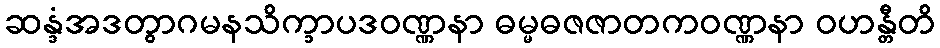
ဆန္ဒံအဒတွာဂမနသိက္ခာပဒဝဏ္ဏနာ ဓမ္မဓဇဇာတကဝဏ္ဏနာ ဝဟန္တီတိ